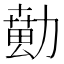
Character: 𱐵